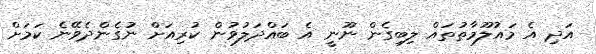
އަދި އެ މައުލޫމާތުތައް ލިބިގެން ނޫނީ އެ ބައްދަލުވުން ކުރިއަށް ނުގެންދެވޭނެ ކަމަށް